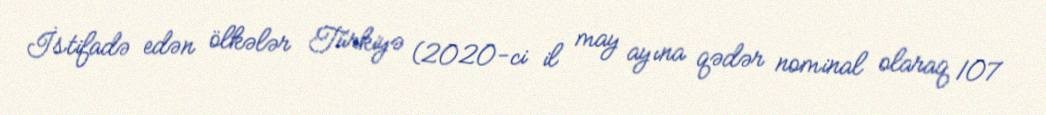
İstifadə edən ölkələr Türkiyə (2020-ci il may ayına qədər nominal olaraq 107